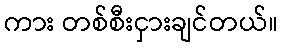
ကား တစ်စီးငှားချင်တယ်။